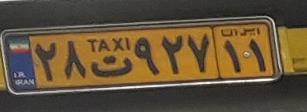
۲۸ت۹۲۷۱۱